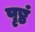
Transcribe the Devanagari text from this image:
पृष्ठं